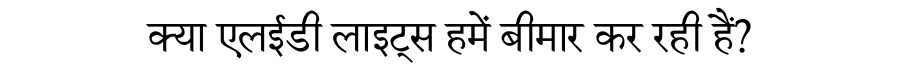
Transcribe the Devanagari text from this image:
क्या एलईडी लाइट्स हमें बीमार कर रही हैं?